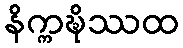
နိက္ကဍ္ဎိဿထ